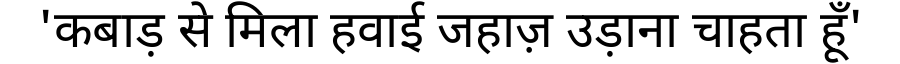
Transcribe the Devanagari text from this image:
'कबाड़ से मिला हवाई जहाज़ उड़ाना चाहता हूँ'